Document type: Sale
Year: 1499
Scribe: Joan Martínez de Sòria
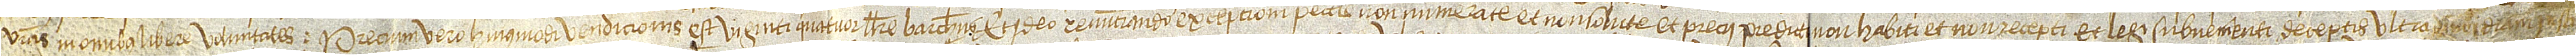
vestras in omnibus libere voluntates. Precium vero huiusmodi vendicionis est viginti quatuor libras barchinoneses. Et ideo renunciando excepcioni peccunie non numerate et non solute et precii predicti non habiti et non recepti, et legi subvenienti deceptis ultra dimidiam iustii